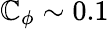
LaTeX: \mathbb{C}_{\phi}\sim0.1